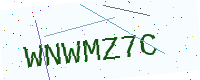
Text: WNWMZ7C